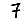
Digit: 7